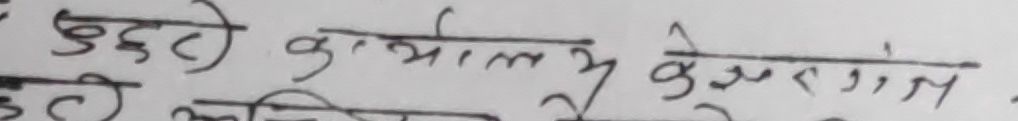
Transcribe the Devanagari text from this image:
छुट्टी कार्यालय केशरजंग